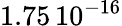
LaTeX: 1.75\, {10}^{-16}